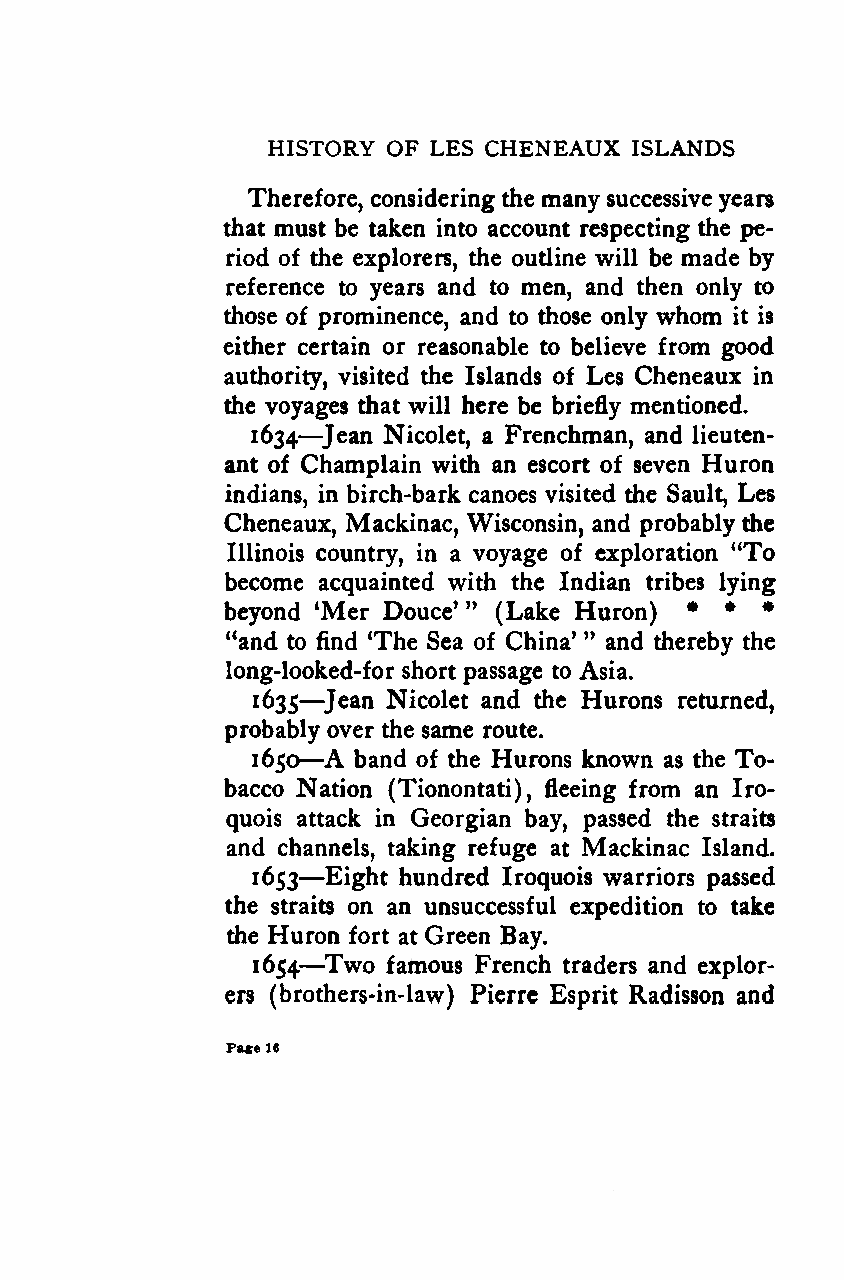
HISTORY OF LES CHENEAUX ISLANDS
 Therefore, considering the many successiveyears
 that must be taken into account respecting the pe-
 riod of the explorers, the outline will be made by
 reference to years and to men, and then only to
 those of prominence, and to those only whom it is
 either certain or reasonable to believe from good
 authority, visited the Islands of Les Cheneaux in
 the voyages that will here be briefly mentioned.
 —
 1634 Jean Nicolet, a Frenchman, and lieuten-
 ant of Champlain with an escort of seven Huron
 indians, in birch-bark canoes visited the Sault, Les
 Cheneaux, Mackinac, Wisconsin, and probably the
 Illinois country, in a voyage of exploration "To
 become acquainted with the Indian tribes lying
 beyond *Mer Douce' " (Lake Huron) * * *
 "and to find The Sea of China' " and thereby the
 long-looked-for short passage to Asia.
 —
 1635 Jean Nicolet and the Hurons returned,
 probably over the same route.
 —
 A
 1650  band of the Hurons known as the To-
 bacco Nation (Tionontati), fleeing from an Iro-
 quois attack in Georgian bay, passed the straits
 and channels, taking refuge at Mackinac Island.
 —
 1653 Eight hundred Iroquois warriors passed
 the straits on an unsuccessful expedition to take
 the Huron fort at Green Bay.
 —
 1654 Two famous French traders and explor-
 ers (brothers-in-law) Pierre Esprit Radisson and
 Page16
 Google
 Digitizedby